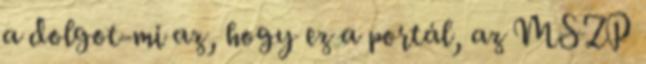
a dolgot-mi az, hogy ez a portál, az MSZP